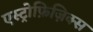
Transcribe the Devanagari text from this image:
एस्ट्रोफ़िज़िक्स